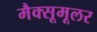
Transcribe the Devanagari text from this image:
मैक्सूमूलर